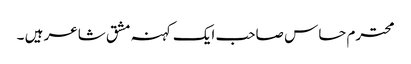
محترم حساس صاحب ایک کہنہ مشق شاعر ہیں ۔